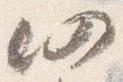
仍